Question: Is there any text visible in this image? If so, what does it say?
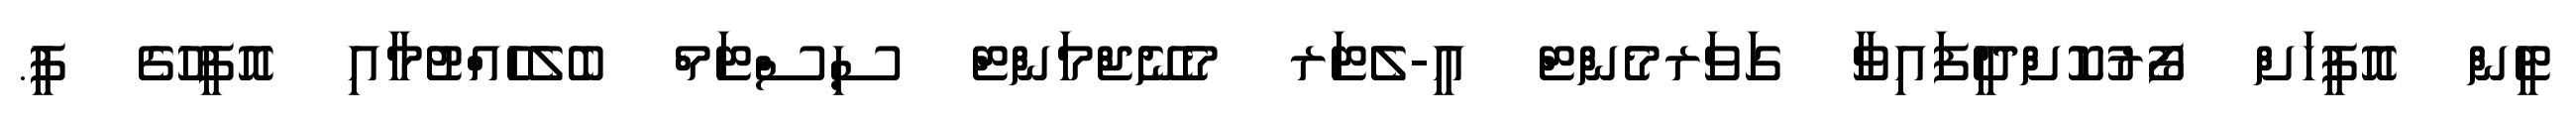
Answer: ޓީން އޮފީހަށް ފޯރުކޮށްދީފައިވާ ގަވަރމެންޓް އީ-ލެޓަރ މެނޭޖްމަންޓް ސިސްޓަމް ބެލެހެއްޓުމާއި އޮފީހުގެ ޕީ.